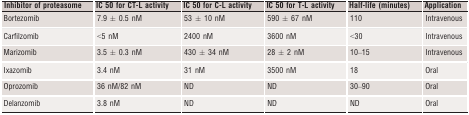
<table><thead><tr><td><b>Inhibitor of proteasome</b></td><td><b>IC 50 for CT-L activity</b></td><td><b>IC 50 for C-L activity</b></td><td><b>IC 50 for T-L activity</b></td><td><b>Half-life (minutes)</b></td><td><b>Application</b></td></tr></thead><tbody><tr><td>Bortezomib</td><td>7.9 ± 0.5 nM</td><td>53 ± 10 nM</td><td>590 ± 67 nM</td><td>110</td><td>Intravenous</td></tr><tr><td>Carfilzomib</td><td>&lt;5 nM</td><td>2400 nM</td><td>3600 nM</td><td>&lt;30</td><td>Intravenous</td></tr><tr><td>Marizomib</td><td>3.5 ± 0.3 nM</td><td>430 ± 34 nM</td><td>28 ± 2 nM</td><td>10–15</td><td>Intravenous</td></tr><tr><td>Ixazomib</td><td>3.4 nM</td><td>31 nM</td><td>3500 nM</td><td>18</td><td>Oral</td></tr><tr><td>Oprozomib</td><td>36 nM/82 nM</td><td>ND</td><td>ND</td><td>30–90</td><td>Oral</td></tr><tr><td>Delanzomib</td><td>3.8 nM</td><td>ND</td><td>ND</td><td>ND</td><td>Oral</td></tr></tbody></table>